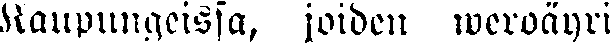
Kaupungeissa, joiden weroäyri